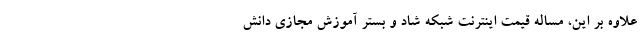
علاوه بر این، مساله قیمت اینترنت شبکه شاد و بستر آموزش مجازی دانش